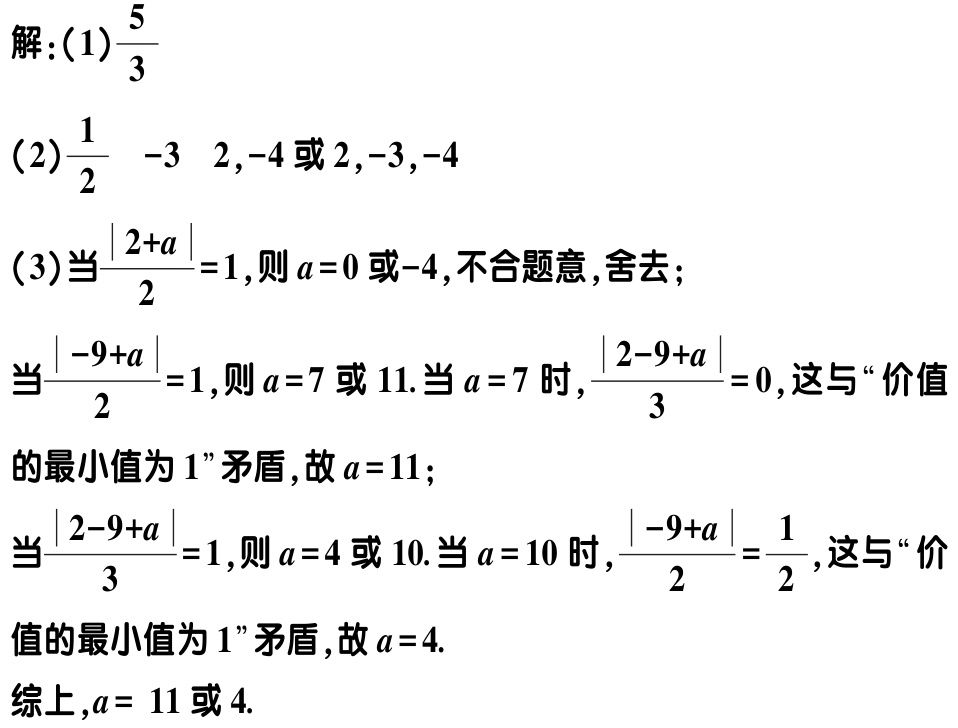
解：(1)$\frac{5}{3}$
(2)$\frac{1}{2}$  -3  2,-4 或 2,-3,-4
(3)当$\frac{|2 + a|}{2}=1$,则$a = 0$或-4,不合题意,舍去;
当$\frac{|-9 + a|}{2}=1$,则$a = 7$或 11.当$a = 7$时,$\frac{|2 - 9 + a|}{3}=0$,这与“价值
的最小值为 1”矛盾,故$a = 11$;
当$\frac{|2 - 9 + a|}{3}=1$,则$a = 4$或 10.当$a = 10$时,$\frac{|-9 + a|}{2}=\frac{1}{2}$,这与“价
值的最小值为 1”矛盾,故$a = 4$.
综上,$a = 11$或 4.